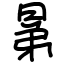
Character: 晜